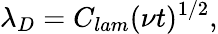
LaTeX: \lambda_{D}=C_{lam}(\nu t)^{1/2},